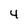
Character: 4